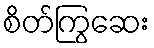
စိတ်ကြွဆေး